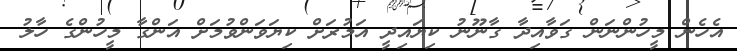
އެހެން މީހުންނަން ގަވާއިދާ ގާނޫނު ކިޔައިދީ އަމުރަށް ކިޔަވަންވުމަށް އަންގާ މީހުންގެ ހާލު